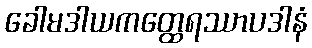
ခေါမဒါယကတ္ထေရဿာပဒါနံ